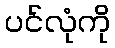
ပင်လုံကို